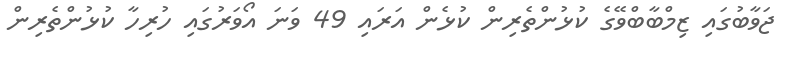
ޖަވާބުގައި ޒިމްބާބްވޭގެ ކުޅުންތެރިން ކުޅެން އަރައި 49 ވަނަ އޯވަރުގައި ހުރިހާ ކުޅުންތެރިން